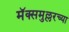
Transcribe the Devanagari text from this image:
मॅक्समुल्लरच्या